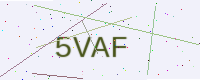
Text: 5VAF